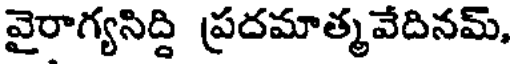
వైరాగ్యసిద్ది ప్రదమాత్మవేదినమ్,